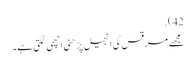
42).
مجھے مرقس کی انجیل پڑھنی اچھی لگتی ہے۔